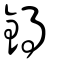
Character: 鍀